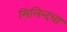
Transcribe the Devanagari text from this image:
मिलिन्दचा